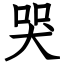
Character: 哭